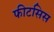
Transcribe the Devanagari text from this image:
फीटसिस